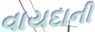
વાયદાની